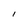
Character: I